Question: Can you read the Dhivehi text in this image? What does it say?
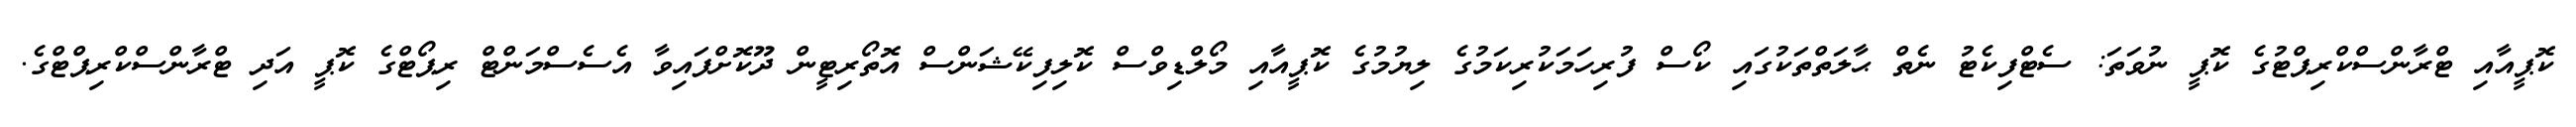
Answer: ކޮޕީއާއި ޓްރާންސްކްރިޕްޓުގެ ކޮޕީ ނުވަތަ: ސެޓްފިކެޓު ނެތް ޙާލަތްތަކުގައި ކޯސް ފުރިހަމަކުރިކަމުގެ ލިޔުމުގެ ކޮޕީއާއި މޯލްޑިވްސް ކޮލިފިކޭޝަންސް އޮތޯރިޓީން ދޫކޮށްފައިވާ އެސެސްމަންޓް ރިޕޯޓްގެ ކޮޕީ އަދި ޓްރާންސްކްރިޕްޓްގެ.